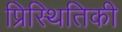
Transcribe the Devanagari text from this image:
प्रिस्थितिकी